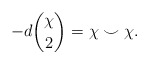
\begin{align*}-d {\chi \choose 2} = \chi \smile \chi.\end{align*}